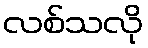
လစ်သလို